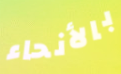
بالأنحاء